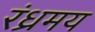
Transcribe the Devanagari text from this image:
रंध्रमय